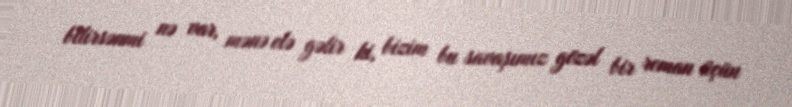
bilirsənmi nə var, mənə elə gəlir ki, bizim bu savaşımız gözəl bir roman üçün